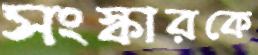
সংস্কারকে